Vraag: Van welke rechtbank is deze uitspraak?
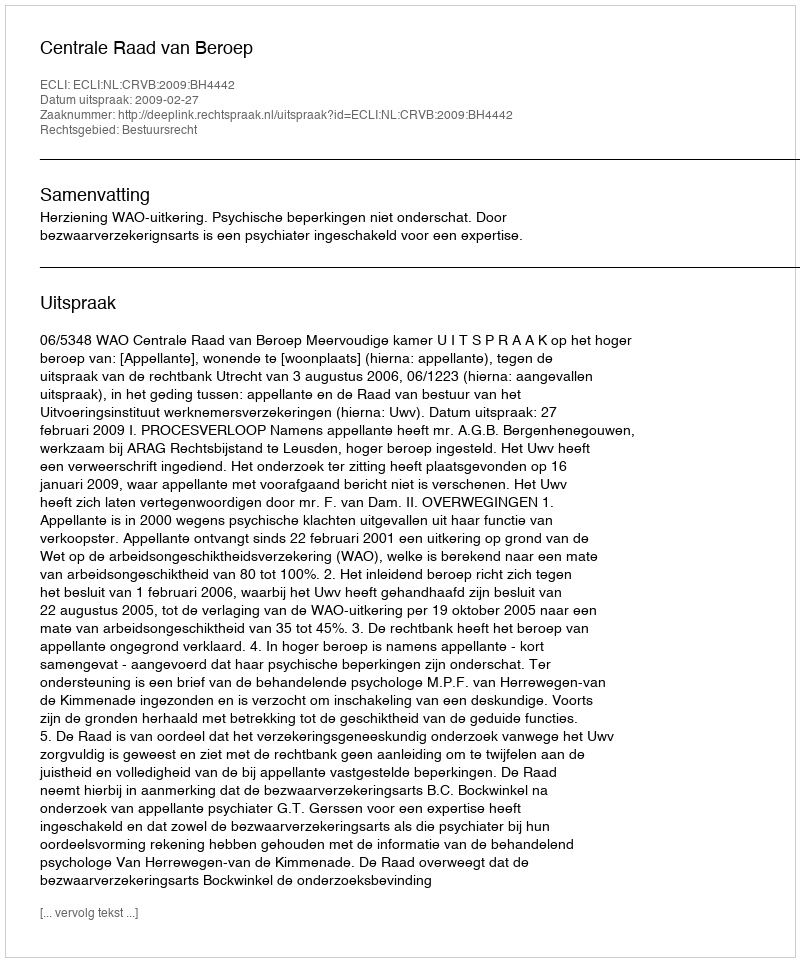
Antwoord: Centrale Raad van Beroep